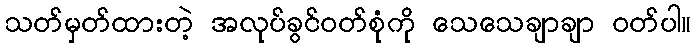
သတ်မှတ်ထားတဲ့ အလုပ်ခွင်ဝတ်စုံကို သေသေချာချာ ဝတ်ပါ။